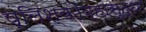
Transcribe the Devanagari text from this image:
प्लिश्कोव्हासुद्धा